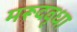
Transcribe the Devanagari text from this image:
मरूदवृधा